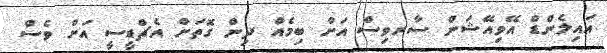
އައިލެންޑް އޭވިއޭޝަން ސާރވިސް އަށް ބިމެއް ދިން ގޮތަށް އެޗްޑީސީ އަށް ވެސް